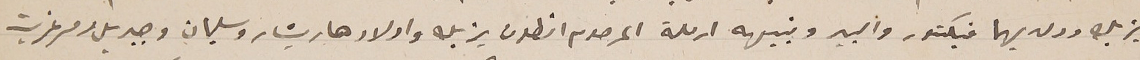
يزبك وولديهما فيكتور والبير ونبيهه ارملة المرحوم انطون يزبك واولادها ريشار وسليمان وجبريل ومرغريت